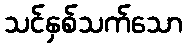
သင်နှစ်သက်သော